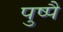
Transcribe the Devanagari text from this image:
पुष्पै